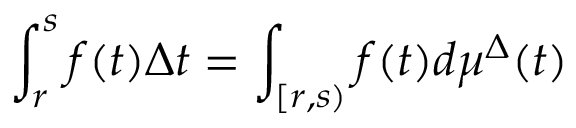
\int _ { r } ^ { s } f ( t ) \Delta t = \int _ { [ r , s ) } f ( t ) d \mu ^ { \Delta } ( t )